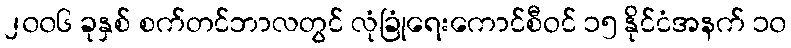
၂၀၀၆ ခုနှစ် စက်တင်ဘာလတွင် လုံခြုံရေးကောင်စီဝင် ၁၅ နိုင်ငံအနက် ၁၀